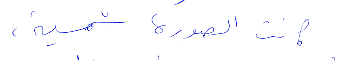
كانت الصورة شمسية،